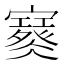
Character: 𡫮